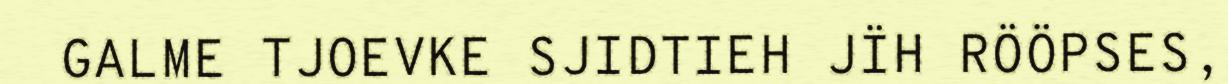
GALME TJOEVKE SJIDTIEH JÏH RÖÖPSES,